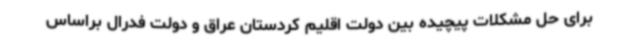
برای حل مشکلات پیچیده بین دولت اقلیم کردستان عراق و دولت فدرال براساس